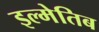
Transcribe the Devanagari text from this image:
इल्मेतिब